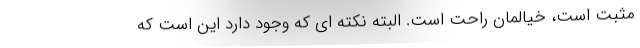
مثبت است، خیالمان راحت است. البته نکته ای که وجود دارد این است که